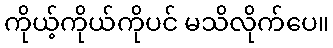
ကိုယ့်ကိုယ်ကိုပင် မသိလိုက်ပေ။